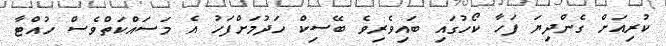
ކުރިއަށް ގެންދިޔަ ފަހާ ކޯހުގައި ބައިވެރިވެ ބޭސިކް ހަދުމަށްފަހު އެ މަސައްކަތްވެސް ހުއްޓާ